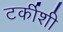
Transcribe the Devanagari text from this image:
टर्कीशी